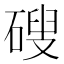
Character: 𥕋